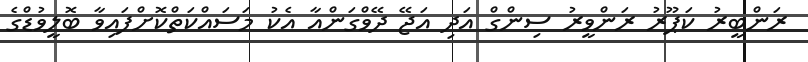
ރަންބީރު ކަޕޫރު ރަންވީރު ސިންގް އަދި އަޖޭ ދޭވްގަންއާ އެކު މަސައްކަތްކޮށްފައިވާ ބޮލީވުޑްގެ